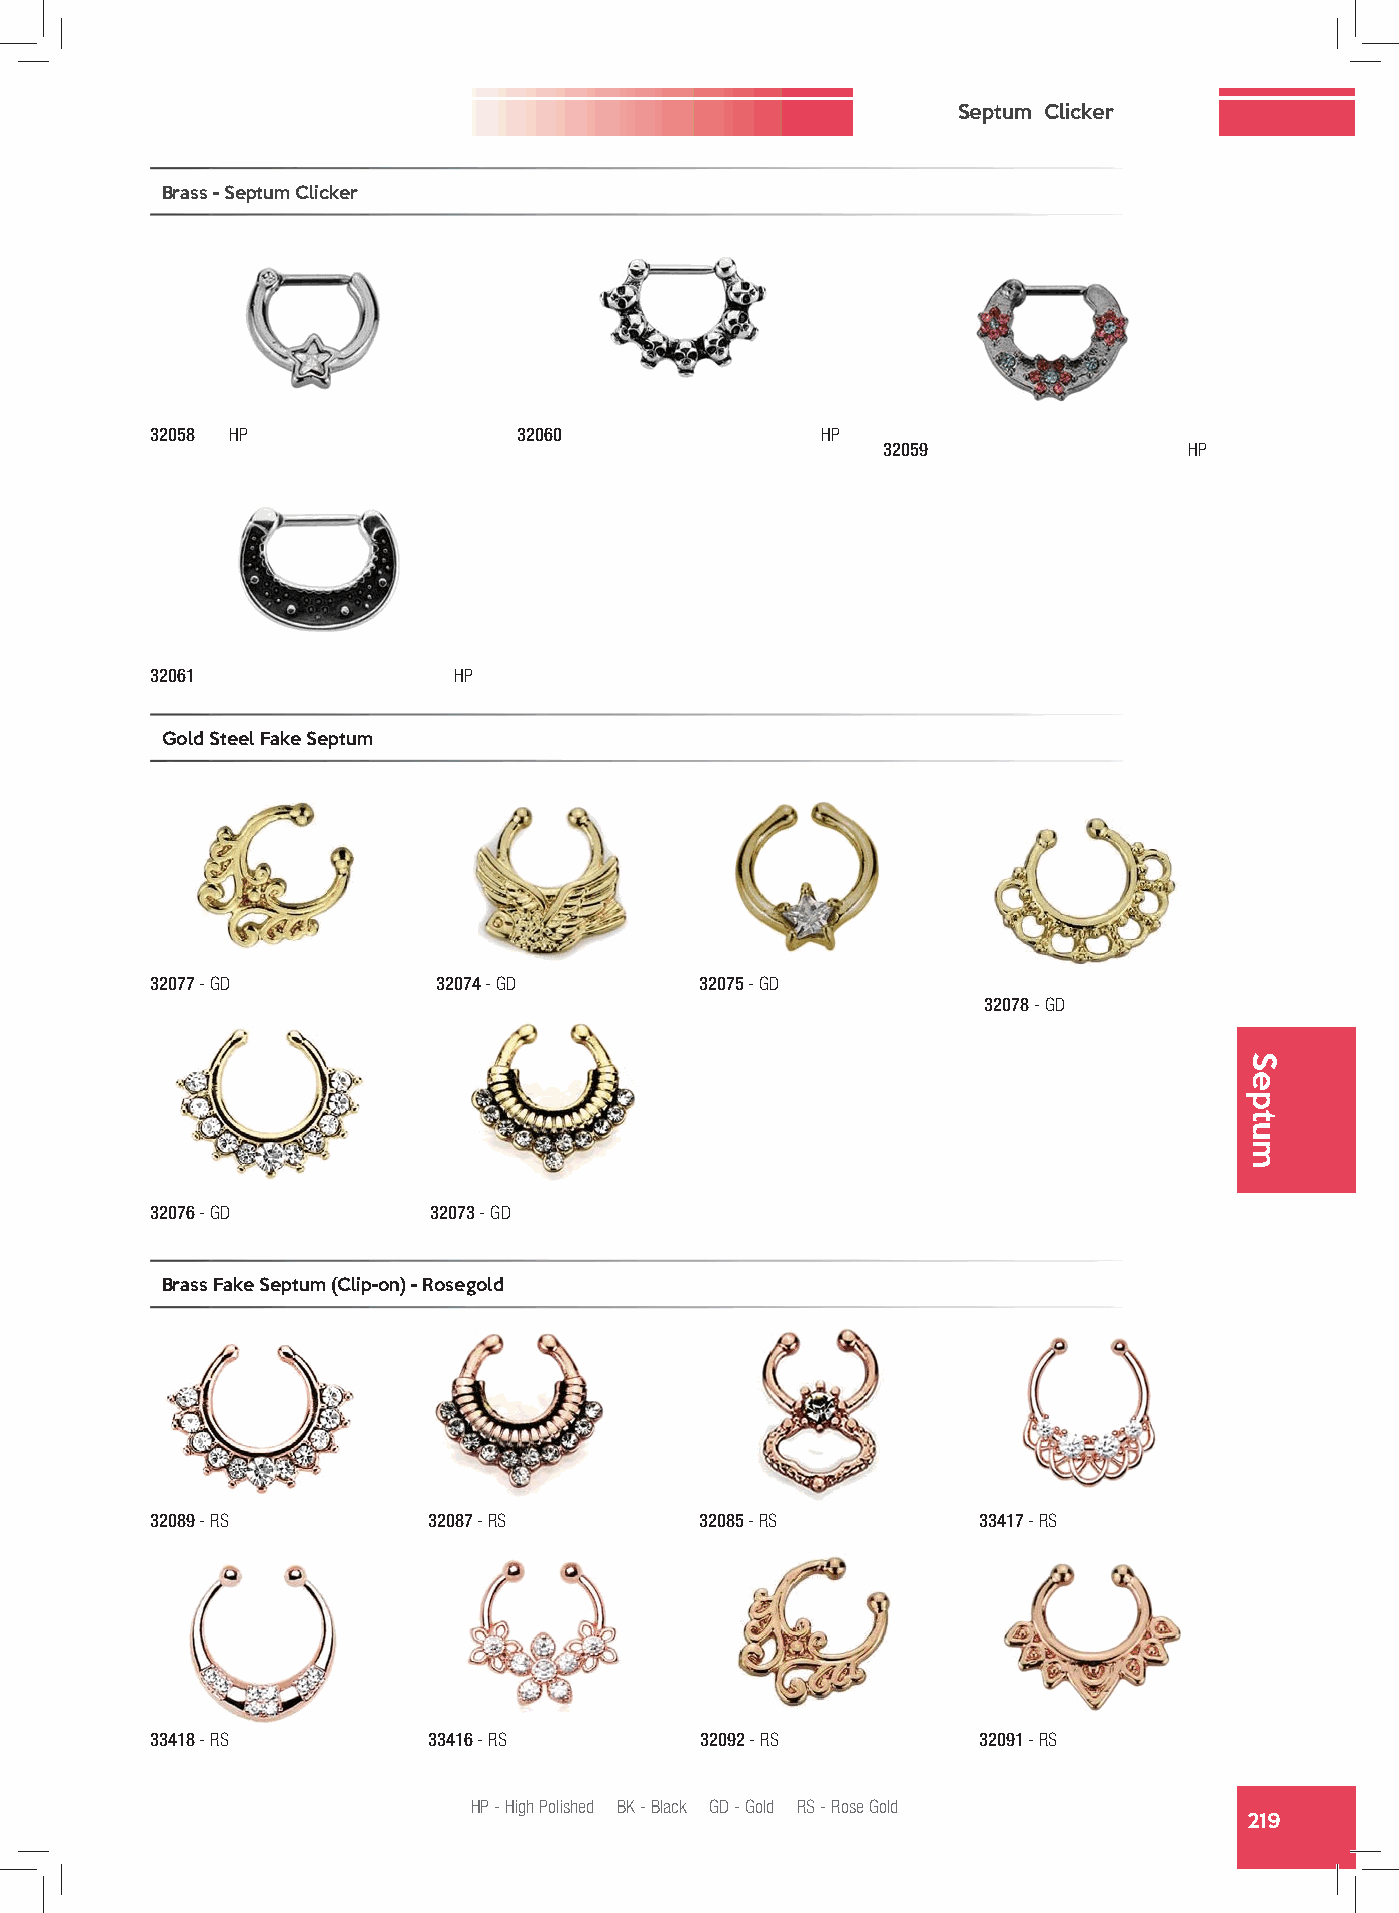
Septum Clicker
 Brass - Septum Clicker
 32058 HP                32060               HP
 32059                HP
 32061               HP
 Gold Steel Fake Septum
 32077 - GD         32074 - GD       32075 - GD
 32078 - GD
 32076 - GD        32073 - GD
 Brass Fake Septum (Clip-on) - Rosegold
 32089 - RS        32087 - RS        32085 - RS         33417 - RS
 33418 - RS        33416 - RS        32092 - RS         32091 - RS
 HP - High Polished BK - Black GD - Gold RS - Rose Gold
 219
 Septum